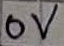
Text: 0V